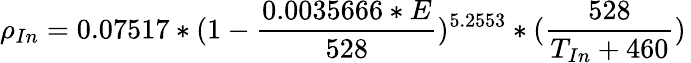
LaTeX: \rho_{In}=0.07517*(1-{\frac{0.0035666*E}{528}})^{5.2553}*({\frac{528}{T_{In}+460}})\,